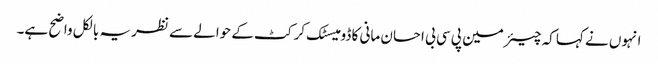
انہوں نے کہا کہ چیئرمین پی سی بی احسان مانی کا ڈومیسٹک کرکٹ کے حوالے سے نظریہ بالکل واضح ہے۔